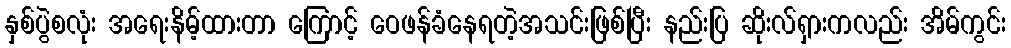
နှစ်ပွဲစလုံး အရေးနိမ့်ထားတာ ကြောင့် ဝေဖန်ခံနေရတဲ့အသင်းဖြစ်ပြီး နည်းပြ ဆိုးလ်ရှားကလည်း အိမ်ကွင်း